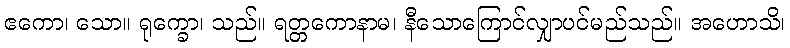
ဧကော၊ သော။ ရုက္ခော၊ သည်။ ရတ္တကောနာမ၊ နီသောကြောင်လျှာပင်မည်သည်။ အဟောသိ၊